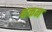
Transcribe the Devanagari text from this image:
थकन